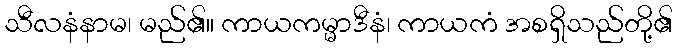
သီလနံနာမ၊ မည်၏။ ကာယကမ္မာဒီနံ၊ ကာယကံ အစရှိသည်တို့၏